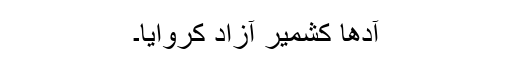
آدھا کشمیر آزاد کروایا۔